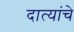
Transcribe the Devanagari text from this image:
दात्यांचे